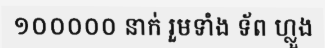
១០០០០០ នាក់ រួមទាំង ទ័ព ហ្លួង